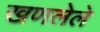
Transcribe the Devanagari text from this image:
खणलेले